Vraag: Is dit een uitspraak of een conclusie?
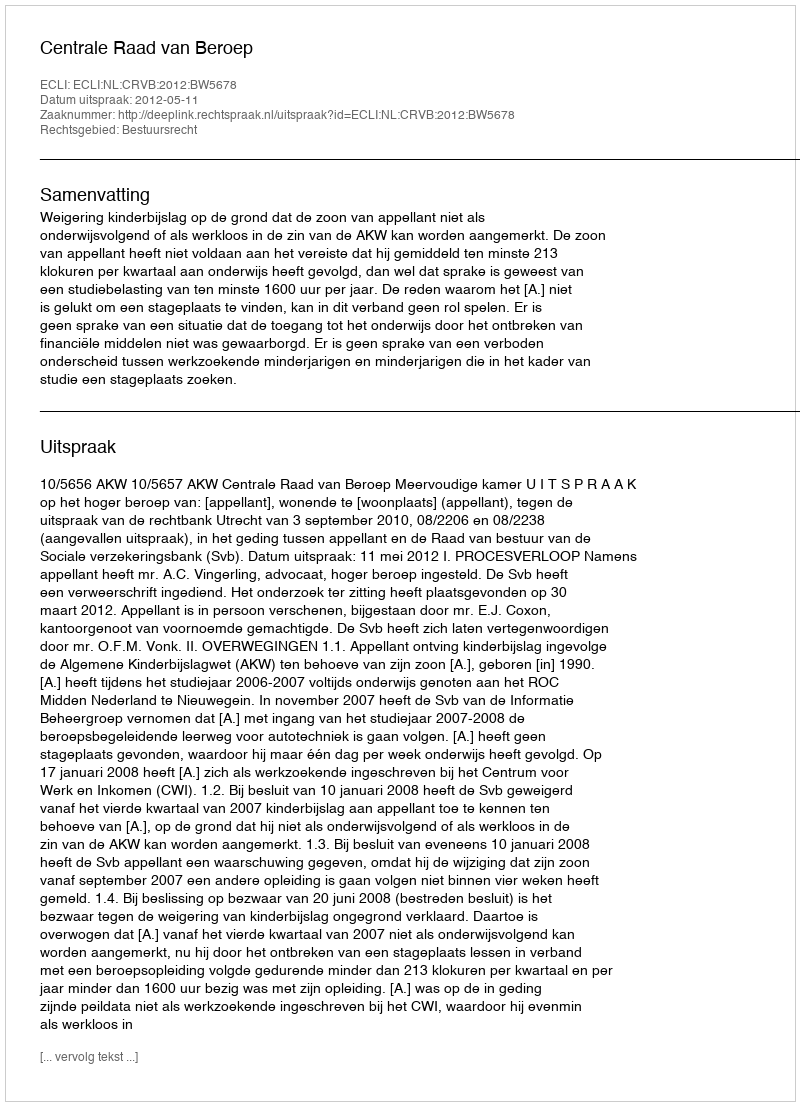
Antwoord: Uitspraak